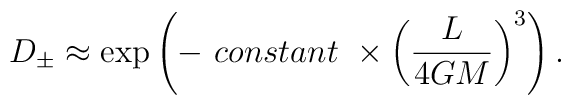
D_{\pm}\approx \exp\left(-\ constant\ \times\left(\frac{L}  {4GM}\right)^3\right).